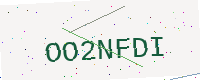
Text: OO2NFDI